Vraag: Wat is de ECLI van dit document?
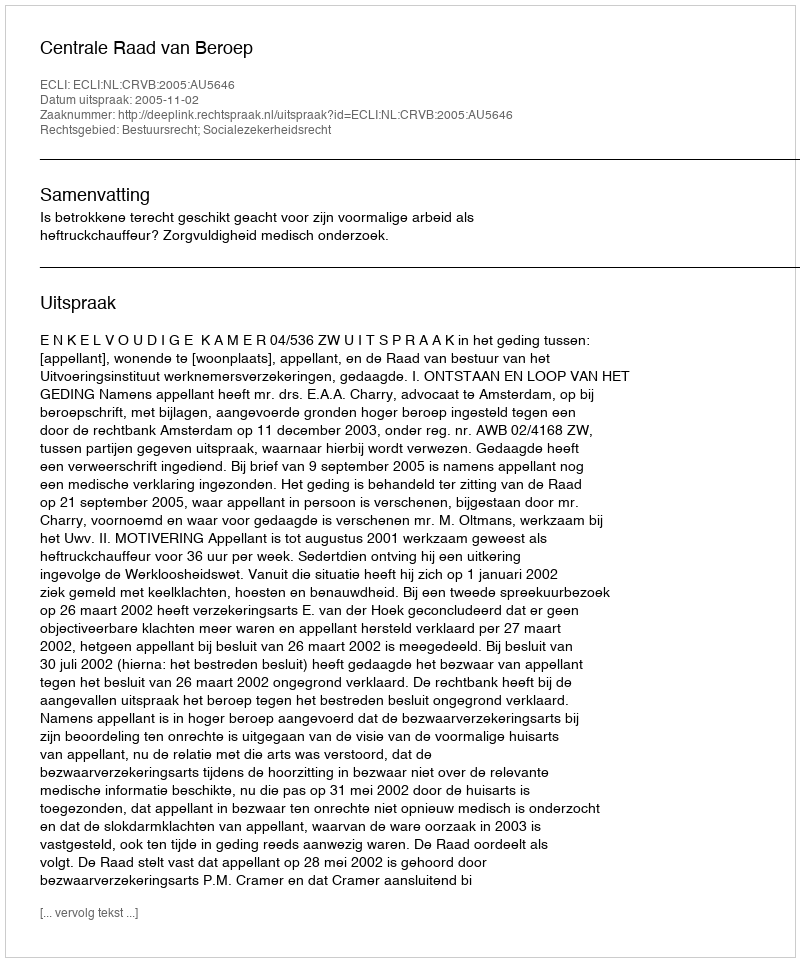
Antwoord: ECLI:NL:CRVB:2005:AU5646